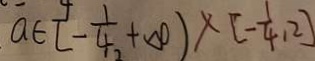
a \in [ - \frac { 1 } { 4 _ { 2 } } + \infty ] \times [ - \frac { 1 } { 4 } , 2 ]